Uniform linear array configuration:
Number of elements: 4
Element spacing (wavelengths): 0.5
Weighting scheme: blackman
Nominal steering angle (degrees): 15
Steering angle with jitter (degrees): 14.173
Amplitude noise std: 0.05
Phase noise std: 0.05

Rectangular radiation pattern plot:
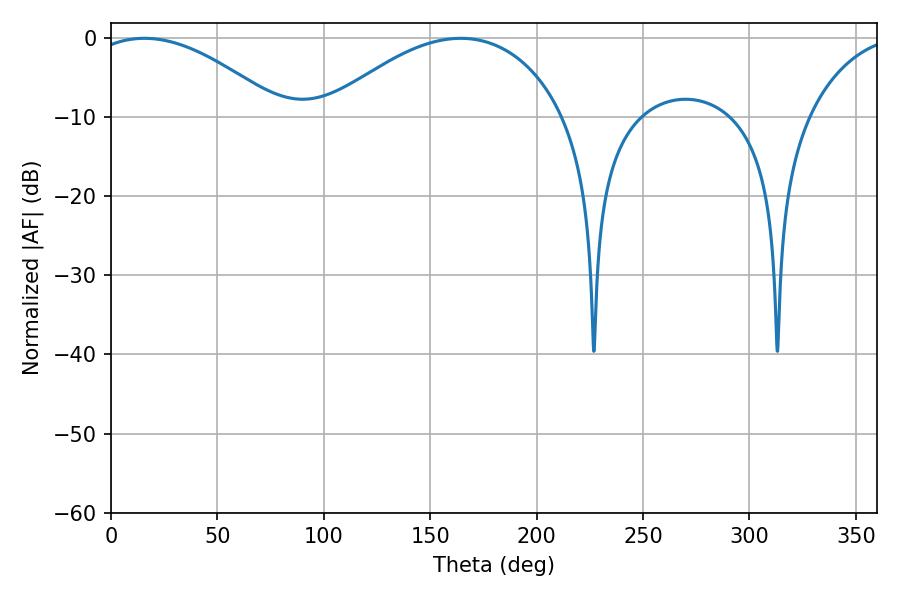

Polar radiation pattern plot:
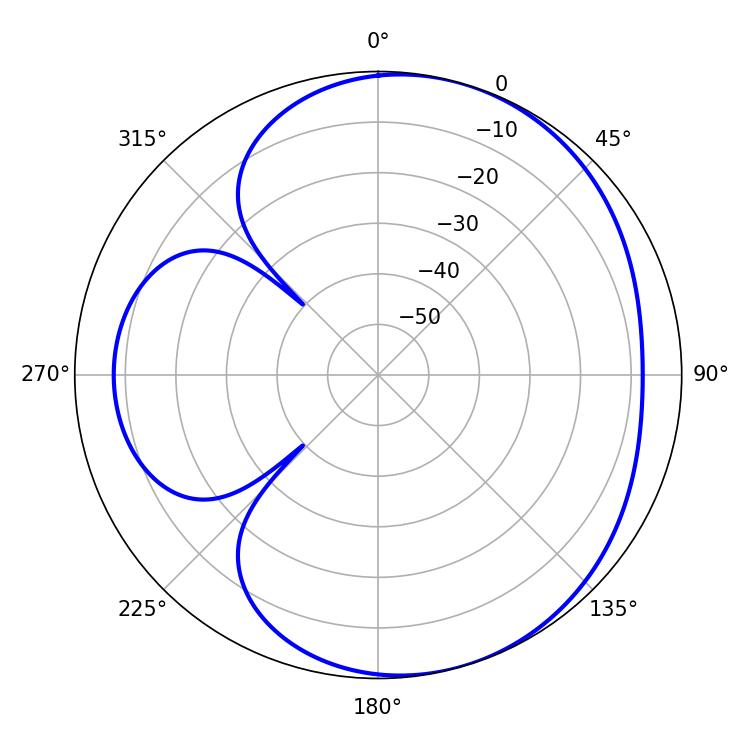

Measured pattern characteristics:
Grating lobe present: FALSE
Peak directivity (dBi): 4.745
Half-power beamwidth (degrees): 50.22
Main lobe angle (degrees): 15.66